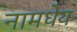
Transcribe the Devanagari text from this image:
नामधेय